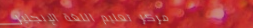
مركز تعليم اللغة الإنجليز